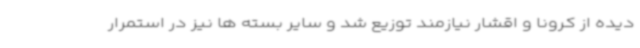
دیده از کرونا و اقشار نیازمند توزیع شد و سایر بسته ها نیز در استمرار